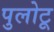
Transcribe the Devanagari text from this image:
पुलोटू